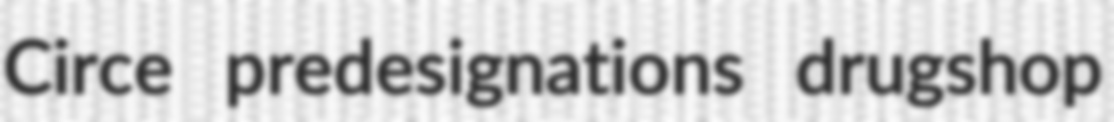
Circe predesignations drugshop